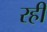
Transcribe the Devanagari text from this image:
रही